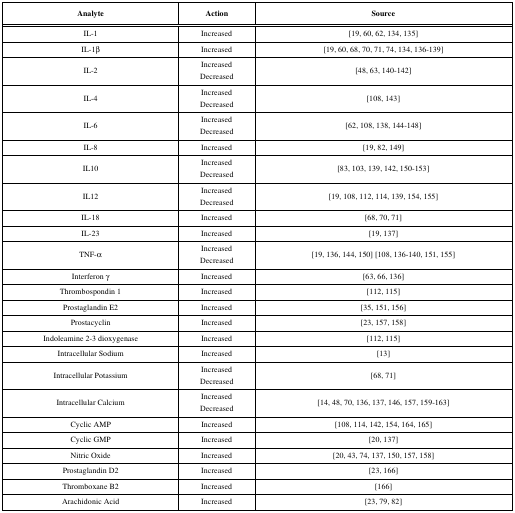
<table><thead><tr><td><b>Analyte</b></td><td><b>Action</b></td><td><b>Source</b></td></tr></thead><tbody><tr><td>IL-1</td><td>Increased</td><td>[19, 60, 62, 134, 135]</td></tr><tr><td>IL-1b</td><td>Increased</td><td>[19, 60, 68, 70, 71, 74, 134, 136-139]</td></tr><tr><td>IL-2</td><td>IncreasedDecreased</td><td>[48, 63, 140-142]</td></tr><tr><td>IL-4</td><td>IncreasedDecreased</td><td>[108, 143]</td></tr><tr><td>IL-6</td><td>IncreasedDecreased</td><td>[62, 108, 138, 144-148]</td></tr><tr><td>IL-8</td><td>Increased</td><td>[19, 82, 149]</td></tr><tr><td>IL10</td><td>IncreasedDecreased</td><td>[83, 103, 139, 142, 150-153]</td></tr><tr><td>IL12</td><td>IncreasedDecreased</td><td>[19, 108, 112, 114, 139, 154, 155]</td></tr><tr><td>IL-18</td><td>Increased</td><td>[68, 70, 71]</td></tr><tr><td>IL-23</td><td>Increased</td><td>[19, 137]</td></tr><tr><td>TNF-a</td><td>IncreasedDecreased</td><td>[19, 136, 144, 150] [108, 136-140, 151, 155]</td></tr><tr><td>Interferon γ</td><td>Increased</td><td>[63, 66, 136]</td></tr><tr><td>Thrombospondin 1</td><td>Increased</td><td>[112, 115]</td></tr><tr><td>Prostaglandin E2</td><td>Increased</td><td>[35, 151, 156]</td></tr><tr><td>Prostacyclin</td><td>Increased</td><td>[23, 157, 158]</td></tr><tr><td>Indoleamine 2-3 dioxygenase</td><td>Increased</td><td>[112, 115]</td></tr><tr><td>Intracellular Sodium</td><td>Increased</td><td>[13]</td></tr><tr><td>Intracellular Potassium</td><td>IncreasedDecreased</td><td>[68, 71]</td></tr><tr><td>Intracellular Calcium</td><td>IncreasedDecreased</td><td>[14, 48, 70, 136, 137, 146, 157, 159-163]</td></tr><tr><td>Cyclic AMP</td><td>Increased</td><td>[108, 114, 142, 154, 164, 165]</td></tr><tr><td>Cyclic GMP</td><td>Increased</td><td>[20, 137]</td></tr><tr><td>Nitric Oxide</td><td>Increased</td><td>[20, 43, 74, 137, 150, 157, 158]</td></tr><tr><td>Prostaglandin D2</td><td>Increased</td><td>[23, 164]</td></tr><tr><td>Thromboxane B2</td><td>Increased</td><td>[166]</td></tr><tr><td>Arachidonic Acid</td><td>Increased</td><td>[23, 79, 82]</td></tr></tbody></table>